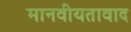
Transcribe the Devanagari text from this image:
मानवीयतावाद